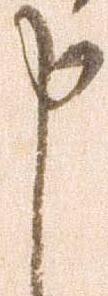
申